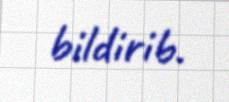
bildirib.